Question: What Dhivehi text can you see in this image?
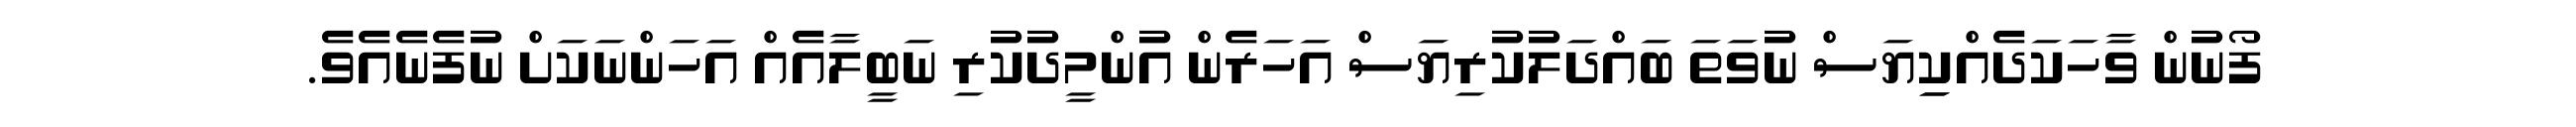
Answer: ފޯނުން ވާހަކަދެއްކިިޔަސް ނުވަތަ ބައްދަލުކުރިޔަސް އަހަރެން އުންމީދުކުރި ނަބީލާއެއް އަހަންނަކަށް ނުފެނެއެވެ.